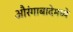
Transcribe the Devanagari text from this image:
औरंगाबादेमध्ये